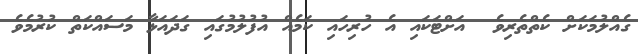
ގެއްލުމަކަށް ކެތްތެރިވެ  އަށްޓަކައި އެ ހުރިހައި ކަމެއް އުފުލުމުގައި ގަދައަޅާ މަސައްކަތް ކުރުމެވެ